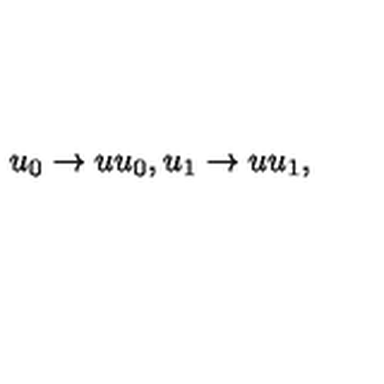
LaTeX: u _ { 0 } \rightarrow u u _ { 0 } , u _ { 1 } \rightarrow u u _ { 1 } ,